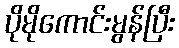
ပိုမိုကောင်းမွန်ပြီး